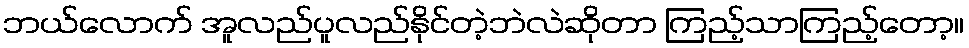
ဘယ်လောက် အူလည်ပူလည်နိုင်တဲ့ဘဲလဲဆိုတာ ကြည့်သာကြည့်တော့။